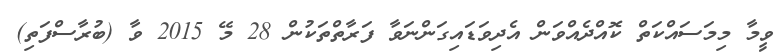
ވީމާ މިމަސައްކަތް ކޮއްދެއްވަން އެދިވަޑައިގަންނަވާ ފަރާތްތަކުން 28 މޭ 2015 ވާ (ބުރާސްފަތި)